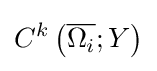
C^{k}\left({\overline {\Omega _{i}}};Y\right)